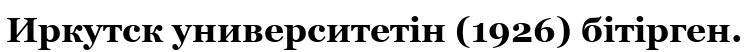
Иркутск университетін (1926) бітірген.